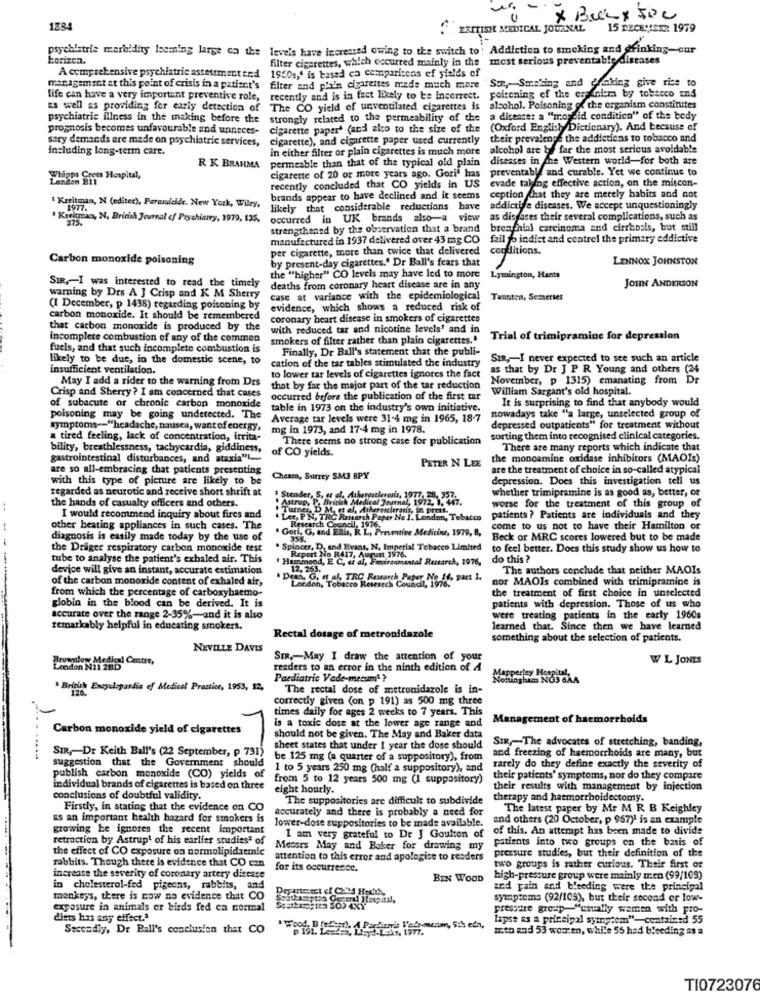
1834
BRITISH MEDICAL JOURNAL
15 DECEMBER 1979
psychiatrie morbidity laeming large on the leveis have increased owing to the switch to ' Addiction to smoking and drinking-our
horizon.
filter cigarettes, which occurred mainly in the most serious preventable diseases
1950s,' is based ca comparisons ef yields of
A comprehensive psychiatrie assessment end
Son, Smoking and docking give rise to
management at this point of crisis in a patient's
filter and plain cigarettes made much more
life can have a very important preventive role,
recently and is in fact likely to be incorrect.
polcening of the eraniem by tobacco and
as well as providing for early detection of
The CO yield of unventilated cigarettes is alcohol. Poisoning of the organism constinites
psychiatrie illness in the making before the
strongly related to the permeability of the a disease: a "moreid condition" of the tedy
prognosis becomes unfavourable and unneces-
cigarette paper' (and alo to the size of the (Oxford English Dictionary). And because of
sary demands ere made on psychiatric services,
cigarette), and cigarette paper used currently
their prevalence the addictions to tobacco and
including long-term care.
in either filter or plain cigarettes is much more
alcohol are by far the most serious avoidable
permeable than that of the typical old plain
diseases in The Western world-for both are
R K BRAHMA
preventable and curable. Yet we continue to
Yapt Som Hospital,
cigarette of 20 or more years ago. Goria has
evade taking effective action, on the miscon-
recently concluded that CO yields in US
brands appear to have declined and it seems
ception chat they are merely habits and not
Kreitman, N (editer), Percuicide. New York, Wiley,
1977.
likely that considerable reductions have
addictife diseases. We accept unquestioningly
Kreitman, N, British Journal of Prychiatry, 1979, 135,
375.
occurred in UK brands also-a view
as diseases their several complications, such as
strengthened by the observation that a brand
bronchial carcinoma and cirrhosis, but still
manufactured in 1937 delivered over 43 mg CO
fail fo indict and control the primary eddictive
per cigarette, more than twice that delivered
conditions.
Carbon monoxide poisoning
by present-day cigarettes.' Dr Ball's fears that
LENNOX JOHNSTON
the "higher" CO levels may have led to more
Lymington, Hants
SIR ,- I was interested to read the timely
deaths from coronary heart disease are in any
JOHN ANDERSON
warning by Drs A J Crisp and K M Sherry
case at variance with the epidemiological
Taunton, Semaeriet
(I December, p 1438) regarding poisoning by
evidence, which shows a reduced risk of
carbon monoxide. It should be remembered
coronary heart disease in smokers of cigarettes
that carbon monoxide is produced by the
with reduced tar and nicotine levels' and in
incomplete combustion of any of the common
smokers of filter rather than plain cigarettes."
Trial of trimipramine for depression
fuels, and that such incomplete combustion is
Finally, Dr Ball's statement that the publi-
likely to be due, in the domestic scene, to
cation of the tar tables stimulated the industry
SIR ,- I never expected to see such an article
insufficient ventilation.
as that by Dr J P R Young and others (24
May I add a rider to the warning from Des
to lower tar levels of cigarettes ignores the fact
November, p 1315) emanating from Dr
Crisp and Sherry ? I am concerned that cases
that by far the major part of the tar reduction
William Sargant's old hospital.
occurred before the publication of the first tar
It is surprising to find that anybody would
of subacute or chronic carbon monoxide
table in 1973 on the industry's own initiative.
nowadays take "a large, unselected group of
poisoning may be going undetected. The
Average tar levels were 31-4 mg in 1965, 18-7
symptoms -= "headache, nausea, want of energy,
mg in 1973, and 17-4 mg in 1978.
depressed outpatients" for treatment without
a tired feeling, lack of concentration, irrita-
There seems no strong case for publication
sorting them into recognised clinical categories.
bility, breathlessness, tachycardia, giddiness,
of CO yields.
There are many reports which indicate that
gastrointestinal disturbances, and ataxia"L ..
PETER N LEE
the monoamine oxidase inhibitors (MAOIs)
are so all-embracing that patients presenting
are the treatment of choice in so-called atypical
with this type of picmire are likely to be
Cheam, Surrey SM3 BPY
depression. Does this investigation tell us
regarded as neurotic and receive short shrift at
whether trimipramine is as good as, better, or
the hands of casualty officers and others.
Stender, S, at el. Atherosclerosis, 1977, 28, 357.
" Astrup, P. British Medical Journal, 1972, 1, 447.
Turner, D M, et al, Atheroslerans, in prest.
worse for the treatment of this group of
I would recommend inquiry about fires and
Ler. PN, TRC Rrmarch Paper No I. London, Tobacco
Research Council, 1976,
patients ? Patients are individuals and they
other heating appliances in such cases. The
. Gori, G, and ERis, R. L, Preventive Medicine, 1979, 8,
come to us not to have their Hamilton or
diagnosis is easily made today by the use of
358.
Beck or MRC scores lowered but to be made
the Drager respiratory carbon monoxide test
Spincer, D, and Evans, N. Imperial Tobacco Limited
to feel better. Does this study show us how to
tube to analyse the patient's exhaled air. This
Hammond, E. C. di al, Environmental Research, 1976,
Report No R417, August 1976.
1 Rusar
A, 1976,
do this ?
device will give an instant, accurate estimation
12, 263.
The authors conclude that neither MAOIs
of the carbon monoxide content of exhaled air,
. Dein, G, et al, TRC Research Paper, No 14, part I.
nor MAOIs combined with trimipramine is
from which the percentage of carboxyhaemo-
London, Tobacco Research Council, 1970.
the treatment of first choice in unselected
globin in the blood can be derived. It is
patients with depression. Those of us who
accurate over the range 2-35%-and it is also
were treating patients in the early 1960s
remarkably helpful in educating smokers.
learned that. Since then we have learned
Rectal dosage of metronidazole
something about the selection of patients.
NEVILLE DAVIS
Sm ,- May I draw the attention of your
W L JONES
ownlow Medical Centre,
readers to an error in the ninth edition of A
Paediatric Vade-mecummi ?
* British Encyclopardia of Medical Practice, 1953, 12,
The rectal dose of metronidazole is in-
correctly given (on p 191) as 500 mg three
times daily for ages 2 weeks to 7 years. This
Management of haemorrhoids
Carbon monoxide yield of cigarettes
is a toxic dose at the lower age range and
should not be given. The May and Baker data
SIR ,- The advocates of stretching, banding,
SIR ,- Dr Keith Ball's (22 September, p 731)
sheet states that under I year the dose should
..........
suggestion that the Government should
be 125 mg (a quarter of a suppository), from
and freezing of hemorrhoids are many, but
1 to 5 years 250 mg (half a suppository), and
rarely do they define exactly the severity of
publish carbon monoxide (CO) yields of
from 5 to 12 years 500 mg (1 suppository)
their patients' symptoms, nor do they compare
individual brands of cigarettes is based on three
eight hourly.
their results with management by injection
conclusions of doubtful validity.
The suppositories are difficult to subdivide
therapy and haemorrhoidectomy.
Firstly, in stating that the evidence on CO
accurately and there is probably a need for
The latest paper by Mr M R B Keighley
as an important health hazard for smokers is
and others (20 October, p 967) is an example
growing ke ignores the recent important
lower-dose suppositories to be made available.
of this. An attempt has been made to divide
retraction by Astrup' of his earlier studiesª of
I am very grateful to Dr J Goulton of
patients into two groups on the basis of
the effect of CO exposure on normolipidsemic
Meosrs May and Baker for drawing my
pressure studies, but their definition of the
attention to this error and apologise to readers
rabbits. Though there is evidence that CO can
for its occurrence.
two groups is rather curious. Their first or
increase the severity of coronary artery disease
BEN WOOD
high-pressure group were mainly men (99/109)
in cholesterol-fed pigeons, rabbits, and
Departesect ef CEM HerYA,
and pain and bleeding were the principal
monkeys, there is now no evidence that CO
symptoms (92/109), but their second or low-
exposure in animals or birds fed ca normal
pressure group-"usually wamen with pro-
diets has any effect."
lapse as a priceigal symptom"-contained 55
Saccadiy, Dr Ball's conclusion that CO
men and 53 women, while 56 had bleeding as a
TI0723076